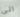
الى